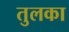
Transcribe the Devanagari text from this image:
तुलका